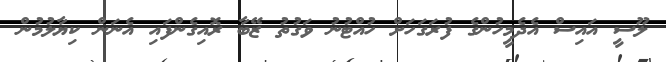
ލޫސީ އައިސް އެދެމީހުންގެ ފުރަގަހަށް ހުއްޓުނު ވަގުތު ޒޭބާ ރޮއިގެންފައި އެނަން ކިޔާލުމުން